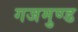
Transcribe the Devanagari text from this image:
गजमुण्ड